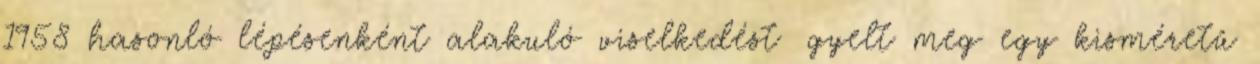
1958 hasonló lépésenként alakuló viselkedést ﬁgyelt meg egy kisméretű